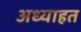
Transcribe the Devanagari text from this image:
अध्याहत